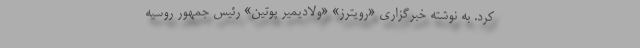
کرد. به نوشته خبرگزاری «رویترز» «ولادیمیر پوتین» رئیس جمهور روسیه